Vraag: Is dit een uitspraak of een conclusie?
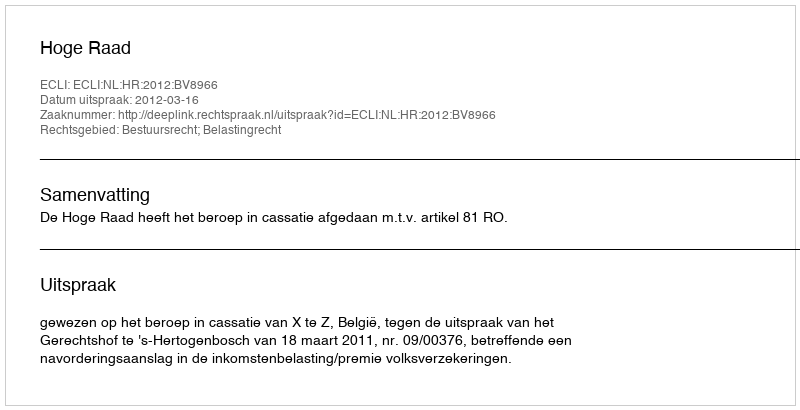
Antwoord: Uitspraak